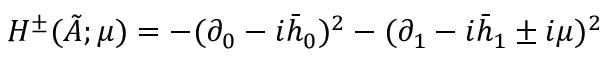
H ^ { \pm } ( \tilde { A } ; \mu ) = - ( \partial _ { 0 } - i \bar { h } _ { 0 } ) ^ { 2 } - ( \partial _ { 1 } - i \bar { h } _ { 1 } \pm i \mu ) ^ { 2 }